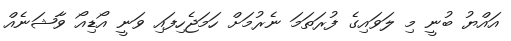
އައްޔު ބުނީ މި ލަވައިގެ ފުރަތަމަ ނެރުމަށް ހަމަޖެހިފައި ވަނީ އޯޑިއޯ ވާޝަނެއް